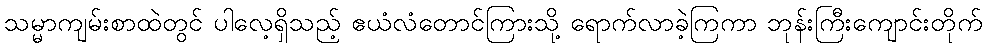
သမ္မာကျမ်းစာထဲတွင် ပါလေ့ရှိသည့် ဧယံလံတောင်ကြားသို့ ရောက်လာခဲ့ကြကာ ဘုန်းကြီးကျောင်းတိုက်